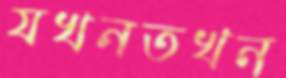
যখনতখন